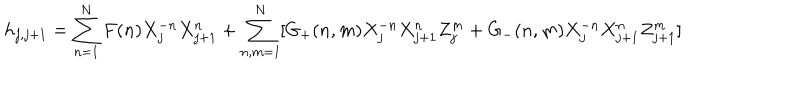
LaTeX: h _ { j , j + 1 } = \sum _ { n = 1 } ^ { N } F ( n ) X _ { j } ^ { - n } X _ { j + 1 } ^ { n } + \sum _ { n , m = 1 } ^ { N } [ G _ { + } ( n , m ) X _ { j } ^ { - n } X _ { j + 1 } ^ { n } Z _ { j } ^ { m } + G _ { - } ( n , m ) X _ { j } ^ { - n } X _ { j + 1 } ^ { n } Z _ { j + 1 } ^ { m } ]